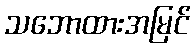
သဘောထားအမြင်